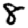
Digit: 8